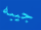
جيبه